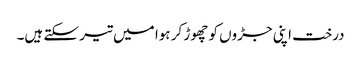
درخت اپنی جڑوں کو چھوڑ کر ہوا میں تیر سکتے ہیں۔